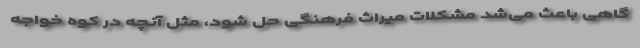
گاهی باعث می‌شد مشکلات میراث فرهنگی حل شود، مثل آنچه در کوه خواجه